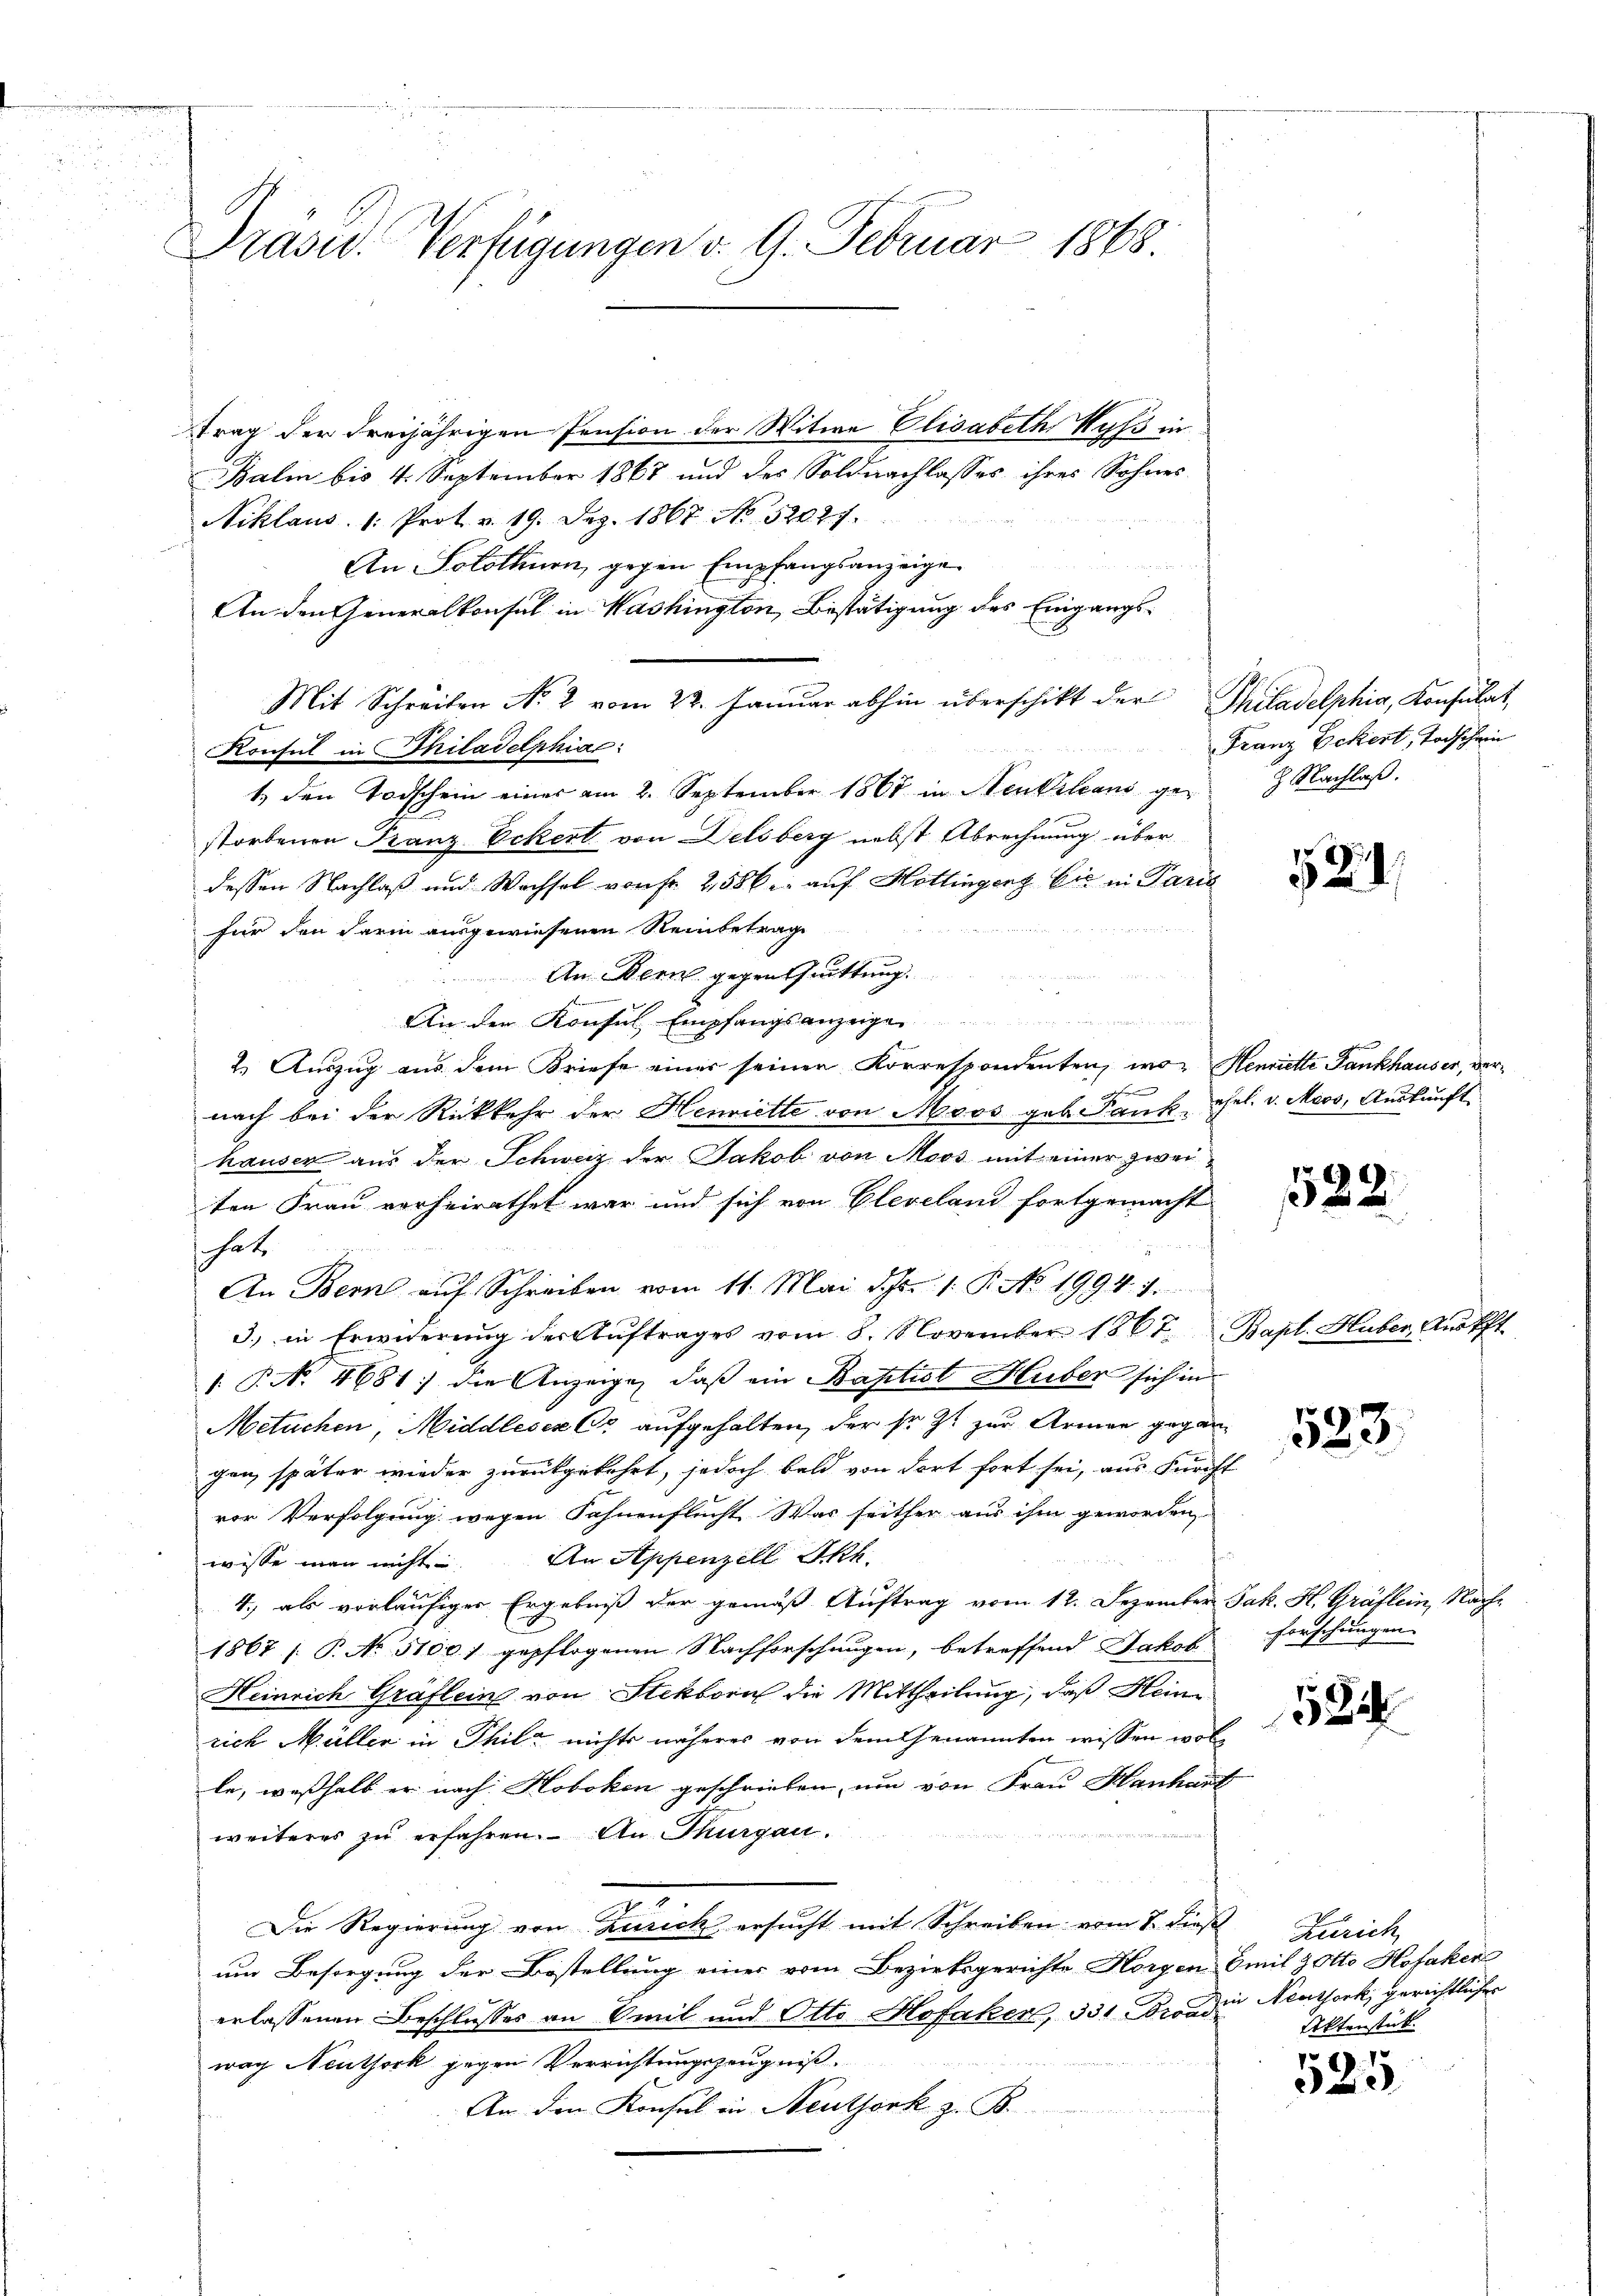
Präsid. Verfügungen d. 9. Februar 1868.

trag der dreijährigen Pension der Witwe Elisabeth, Wyss in
Balm bis 4. September 1867 und des Soldnachlasses ihres Sohnes
Niklaus. 1. Prot. v. 19. Dez. 1867 No 52027.
An Solothurn, gegen Empfangsanzeige
An den Generalkonsul in Washington, Bestätigung des Eingangs¬
Mit Schreiben No 2 vom 22. Januar abhin überschikt der Philadelphia, Konsulat,
1. den Todschein einer am 2. September 1867 in Neukleans ge- Nachlaβ.
storbenen Franz- Eckert von Delsberg nebst Abrechnung über
dessen Nachlaß und Wachsel von Fr. 2,586. auf Hottingen bis in Paris
 und die Mutter
für den darin ausgewiesenen Reinbetrag
An Bern gegen Quittung.

An der Konsul Empfangsanzeige
2. Auszug aus dem Briefe einer seiner Korrespondenten, wo Henriette Fankhauser, ver¬
F
nach bei der Rückkehr der Henriette von Moos geb. Dank, ehel. v. Moos, Auskunft
hauser aus der Schweiz der Jakob von Moos mit einer zweiten Frau verheirathet war und sich von Cleveland fortgemacht
s hat
An Bern auf Schreiben vom 11. Mai d. Js. 1. P. No. 1994. 7.
3.) in Erwiderung der Aŭftrages vom 5. November 1867. Bapt. Huber, Anöfft.
 P. N. 4681: die Anzeigen, daß ein Baptist Huber sich in
Metuchen, Middleser C. aufgehalten, der so zt zur Armen gegangen, später wieder zurückgekehrt, jedoch bald von dort fort sei, aus Furcht
vor Verfolgung wegen Fahnenflucht Was seither aus ihm geworden
wisse man nicht. An Appenzell Ikh.
4., als vorläufiger Ergebniß der gemäß Auftrag vom 12. Dezember Jak. H. Gräflein, Nach¬
1867 / P. No. 5100) gepflogenen Nachforschungen, betreffend Jakob
Heinrich Gräfleine von Stekborn die Mittheilung, daß Hein
rich Müller in Thil nichts näheres von dem Genannten wissen wolle, weßhalb er nach Hoboken geschrieben, um von Frau Hanhart
weiteres zu erfahren. An Thurgau.
Die Regierung von Zürich ersŭcht mit Schreiben vom 8. dieβ Zürich
um Besorgung der Bestellung einer vom Bezirksgerichte Horgen Emil Zotto Hofaken
erlassenen Beschlusses an Emil und Otto Hofaker, 331. Brand Neuthork, gerichtlicher
nach Neuthock gegen Verrichtungszeugniß
An den Konsul in Neuthork z. B.

Konsul in Thiladelphiae

Franz Eckert, Todschein

2

582.

523.

Forschungen

582

Aktenstück.

)
2